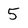
Character: 5